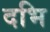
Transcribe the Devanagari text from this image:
दभि